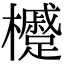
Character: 㰗